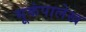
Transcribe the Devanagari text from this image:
भूकंपालेख